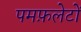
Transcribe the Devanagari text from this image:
पमफ़लेटों